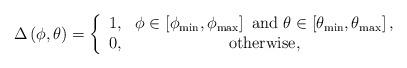
LaTeX: \begin{align*}\Delta\left(\phi,\theta\right) = \left\lbrace \begin{array}{cc}1, & \phi \in \left[\phi_{\mathrm{min}},\phi_{\mathrm{max}} \right] \textrm{ and } \theta \in \left[\theta_{\mathrm{min}},\theta_{\mathrm{max}} \right], \\0, & \textrm{otherwise},\end{array} \right.\end{align*}